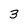
Character: 3